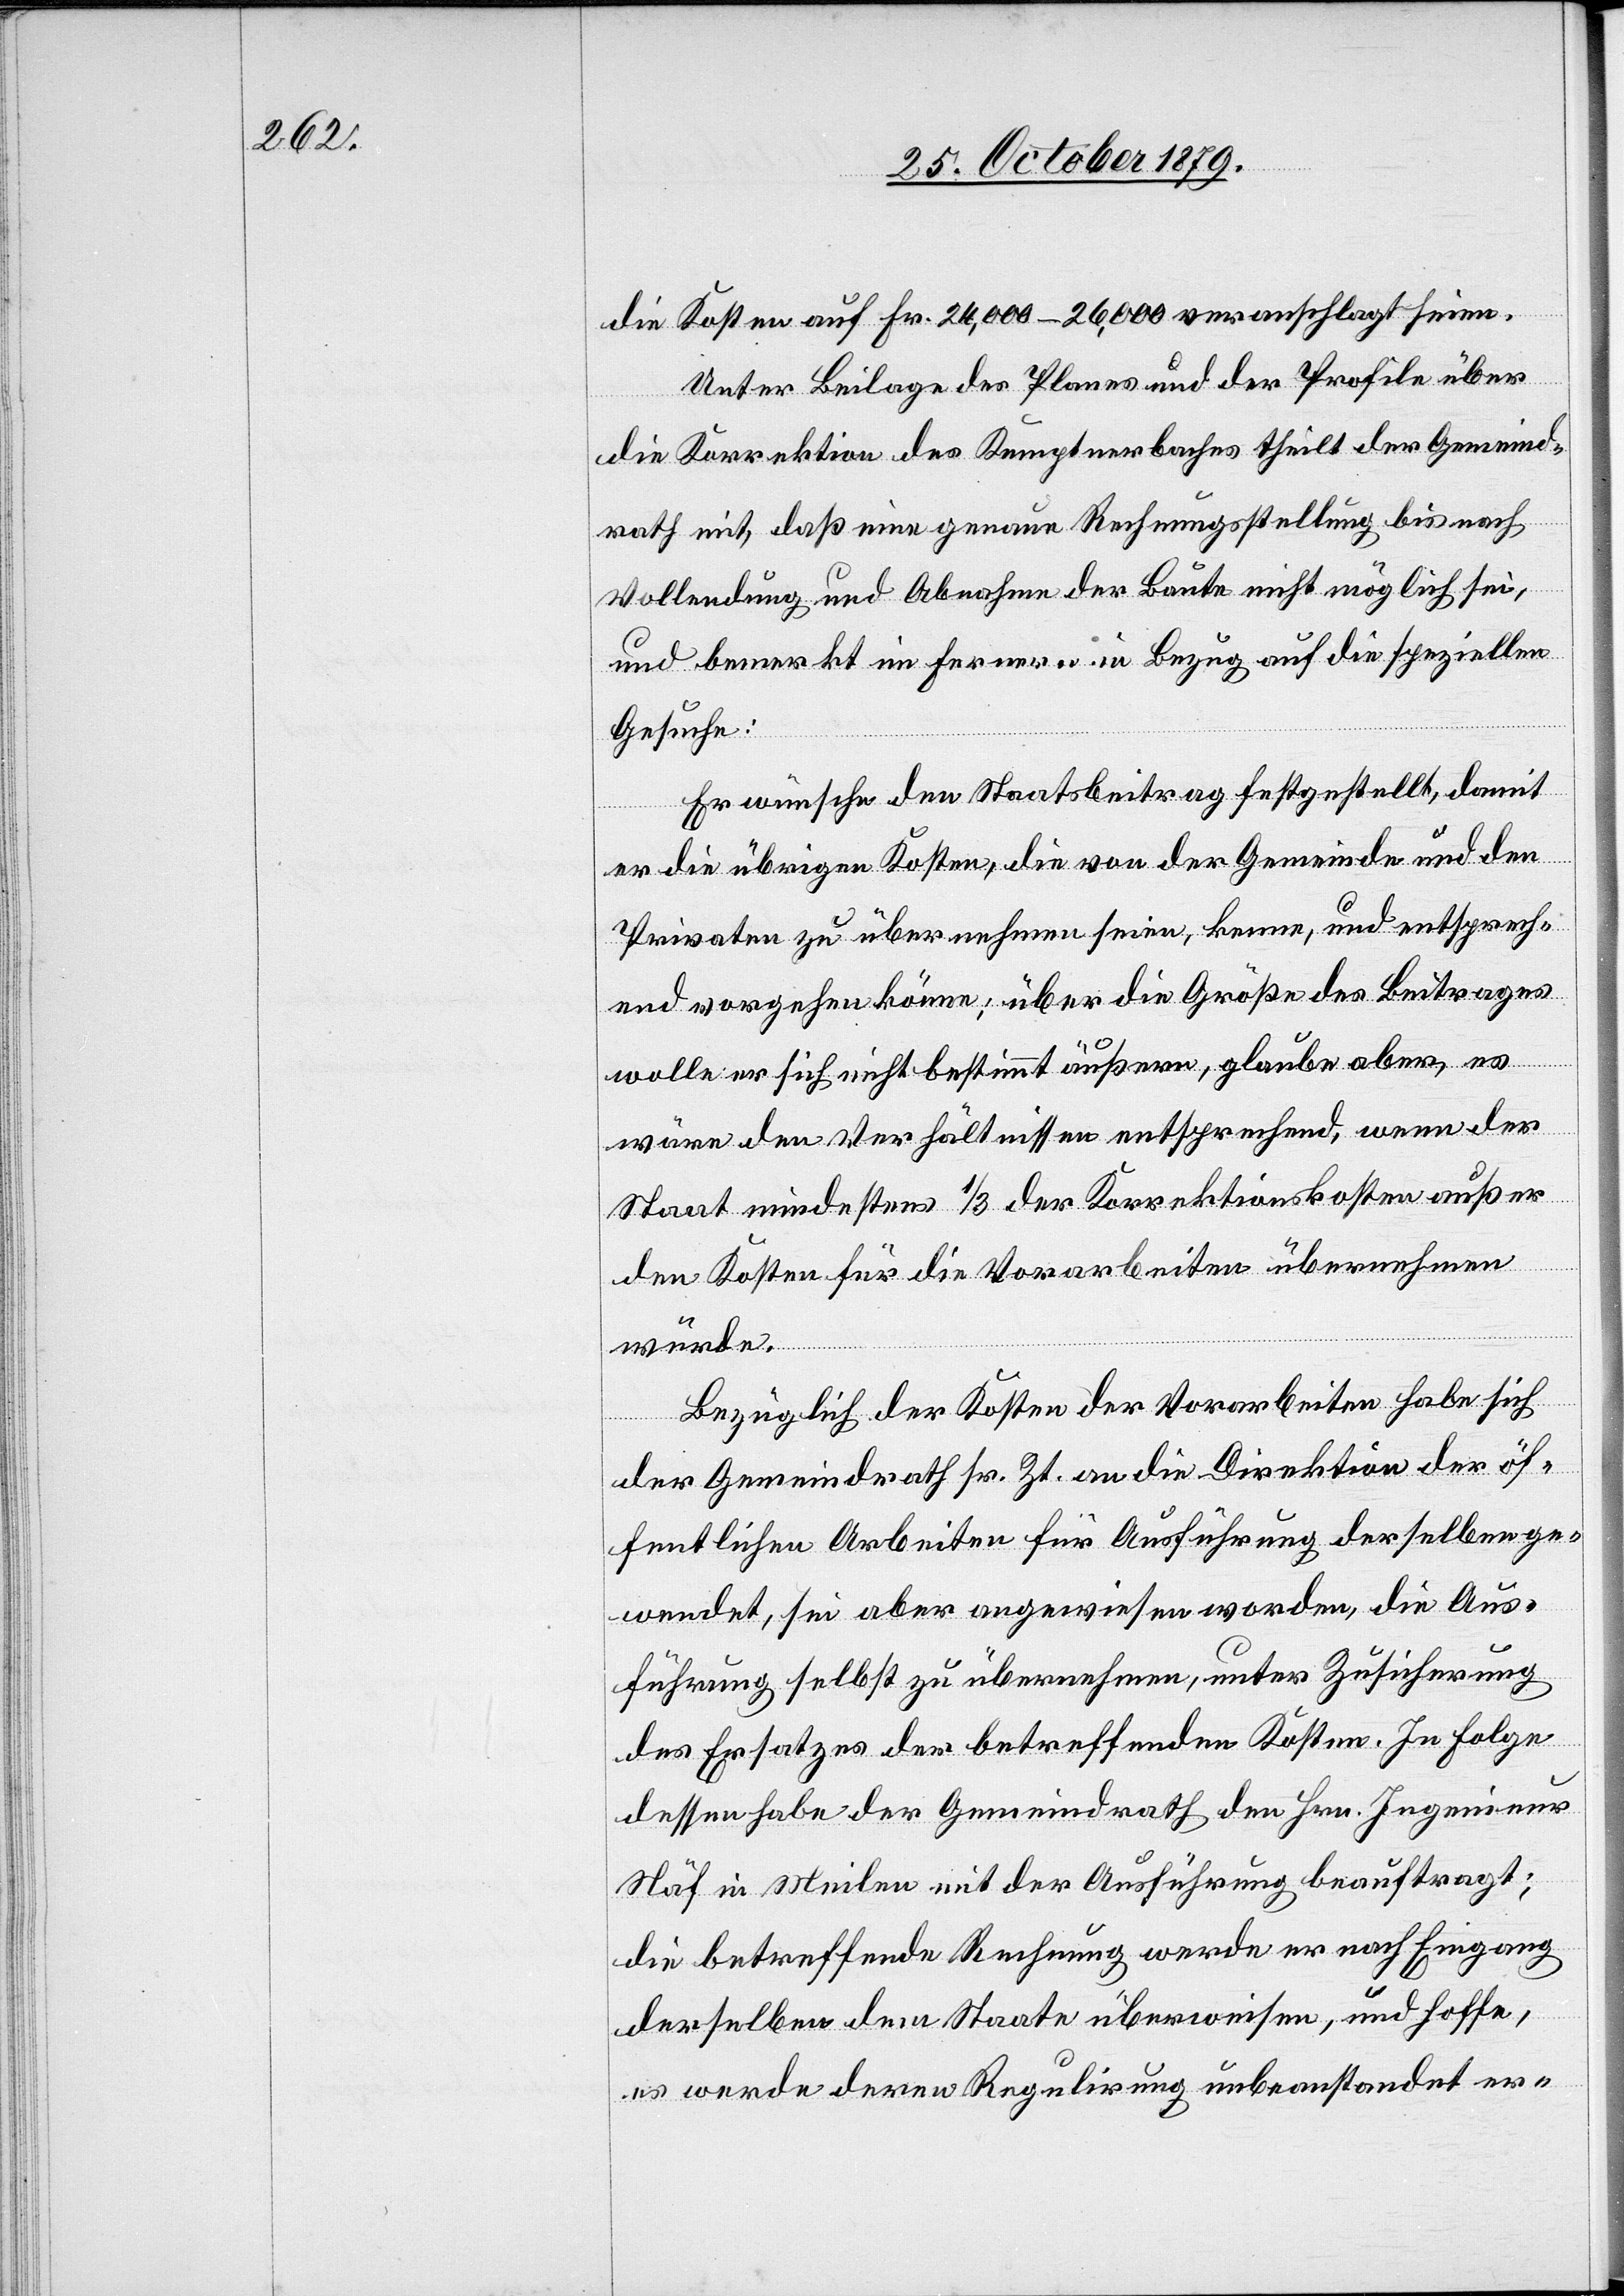
die Kosten auf Fr. 24,000–26,000 veranschlagt werden.
Unter Beilage des Planes und der Profile über
die Korrektion des Kemptnerbaches theilt der Gemeind¬
rath mit, daß eine genaue Rechnungsstellung bis nach
Vollendung und Abnahme der Baute nicht möglich sei,
und bemerkt im Fernern in Bezug auf die speziellen
Gesuche:
Er wünsche den Staatsbeitrag festgestellt, damit
er die übrigen Kosten, die von der Gemeinde und den
Privaten zu übernehmen seien, kenne, und entsprech¬
end vorgehen könne; über die Größe des Beitrages
wolle er sich nicht bestimmt äußern, glaube aber, es
wäre den Verhältnissen entsprechend, wenn der
Staat mindestens 1/3 der Korrektionskosten außer
den Kosten für die Vorarbeiten übernehmen
würde.
Bezüglich der Kosten der Vorarbeiten habe sich
der Gemeindrath sr. Zt. an die Direktion der öf¬
fentlichen Arbeiten für Ausführung derselben ge¬
wendet, sei aber angewiesen worden, die Aus¬
führung selbst zu übernehmen, unter Zusicherung
des Ersatzes der betreffenden Kosten. In Folge
dessen habe der Gemeindrath den Hrn. Ingenieur
Näf in Meilen mit der Ausführung beauftragt;
die betreffende Rechnung werde er nach Eingang
derselben dem Staate überweisen, und hoffe,
es werde deren Regulirung unbeanstandet er-